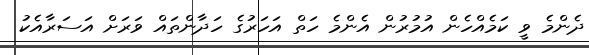
ދެންމެ ވީ ކަމެއްހެން އުމުރުން އެންމެ ހަތް އަހަރުގެ ހަދާންތައް ވަރަށް އަސަރާއެކު